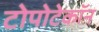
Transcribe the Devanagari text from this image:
टोपोटेकॉन